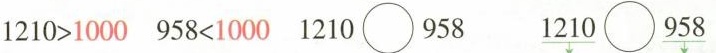
$$1 2 1 0 > 1 0 0 0$$ $$9 5 8 < 1 0 0 0$$ 1210 \circ 958 1210 \circ 958